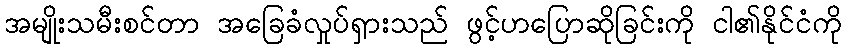
အမျိုးသမီးစင်တာ အခြေခံလှုပ်ရှားသည် ဖွင့်ဟပြောဆိုခြင်းကို ငါ၏နိုင်ငံကို